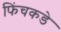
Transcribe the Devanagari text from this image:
फिंचकडे